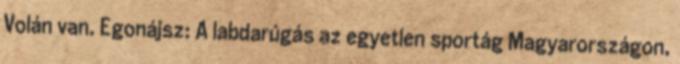
Volán van. Egonájsz: A labdarúgás az egyetlen sportág Magyarországon,